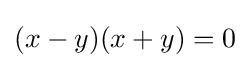
(x-y)(x+y)=0